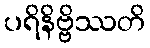
ပရိနိဗ္ဗိဿတိ